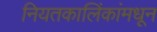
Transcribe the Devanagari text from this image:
नियतकालिंकांमधून